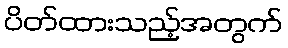
ပိတ်ထားသည့်အတွက်